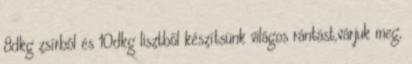
8dkg zsírból és 10dkg lisztből készítsünk világos rántást,várjuk meg,